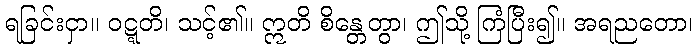
ရခြင်းငှာ။ ဝဋ္ဋတိ၊ သင့်၏။ ဣတိ စိန္တေတွာ၊ ဤသို့ ကြံပြီး၍။ အရညတော၊